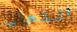
اللعاب